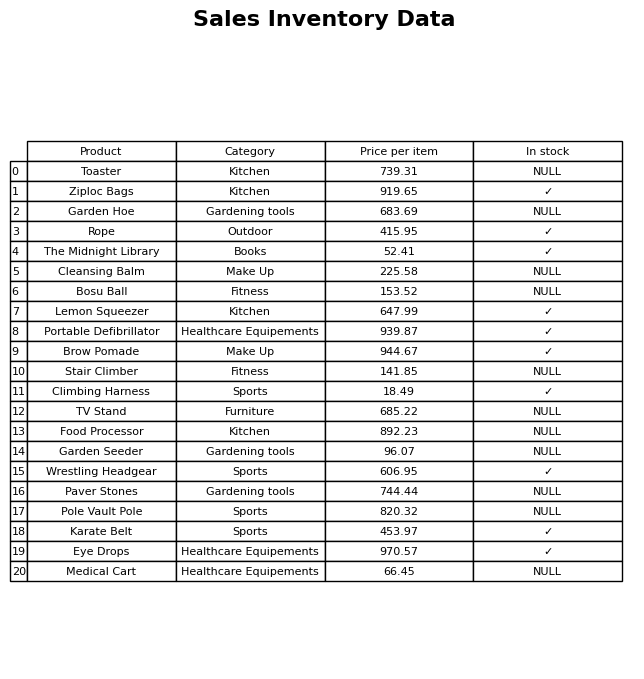
question: What is the price for The Midnight Library?
answer: The price of The Midnight Library is 52.41.